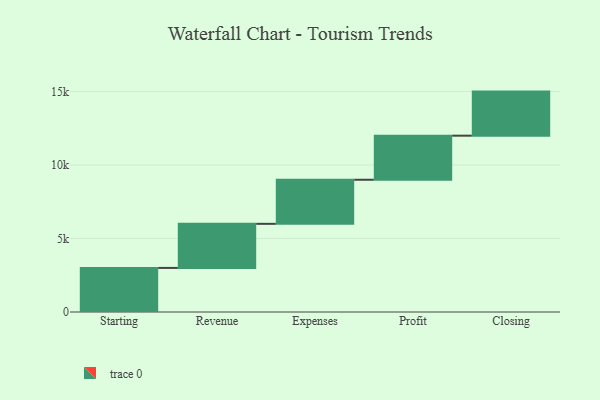
{"axis": {"x": "Step", "y": "Value"}, "legend": [""], "data": [{"x": "Starting", "y": 3000, "type": ""}, {"x": "Revenue", "y": 3000, "type": ""}, {"x": "Expenses", "y": 3000, "type": ""}, {"x": "Profit", "y": 3000, "type": ""}, {"x": "Closing", "y": 3000, "type": ""}]}